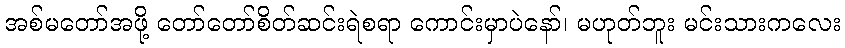
အစ်မတော်အဖို့ တော်တော်စိတ်ဆင်းရဲစရာ ကောင်းမှာပဲနော်၊ မဟုတ်ဘူး မင်းသားကလေး